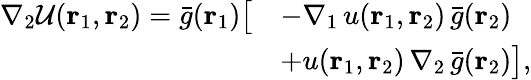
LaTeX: \begin{array}{rl}{\nabla_{2}\mathcal{U}({\mathbf{r}_{1}},{\mathbf{r}_{2}})=\bar{g}({\mathbf{r}_{1}})\big[}&{-\nabla_{1}\, u({\mathbf{r}_{1}},{\mathbf{r}_{2}})\, \bar{g}({\mathbf{r}_{2}})}\\ &{+u({\mathbf{r}_{1}},{\mathbf{r}_{2}})\, \nabla_{2}\, \bar{g}({\mathbf{r}_{2}})\big]\mathrm{,}}\end{array}